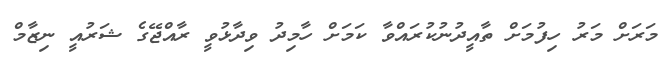
މަރަށް މަރު ހިފުމަށް ތާއީދުނުކުރައްވާ ކަމަށް ހާމިދު ވިދާޅުވީ ރާއްޖޭގެ ޝަރުއީ ނިޒާމް